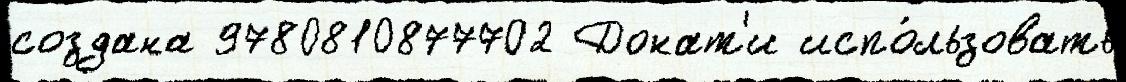
создана 9780810877702 Донат'и испо́льзовать